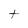
Character: t